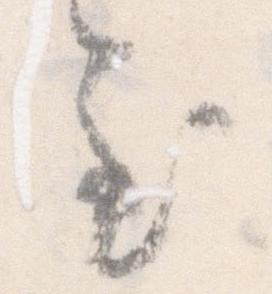
至